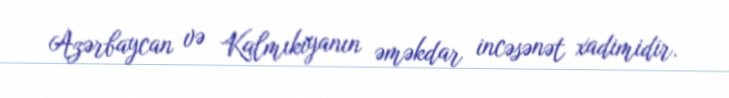
Azərbaycan və Kalmıkiyanın əməkdar incəsənət xadimidir.